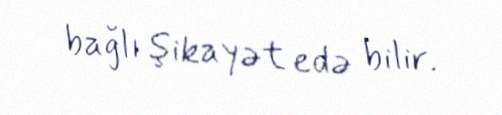
bağlı şikayət edə bilir.